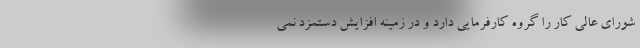
شورای عالی کار را گروه کارفرمایی دارد و در زمینه افزایش دستمزد نمی